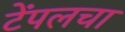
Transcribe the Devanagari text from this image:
टेंपलचा